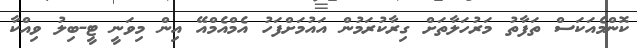
ކޮންމެއަކަސް ތަފާތު މަރުހަލާތަށް ގިރާކުރަމުން އައުމަށްފަހު އެމްއެމްއޭ އިން މިވަނީ ޓީ-ބިލު ވިއްކާ